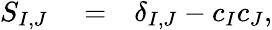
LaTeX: \begin{array}{rlr}{S_{I,J}}&{{}=}&{\delta_{I,J}-c_{I}c_{J},}\end{array}